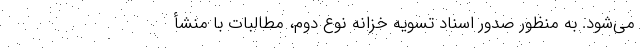
می­شود. به منظور صدور اسناد تسویه خزانه نوع دوم، مطالبات با منشأ